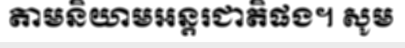
តាមនិយាមអន្តរជាតិផង។ សូម